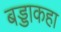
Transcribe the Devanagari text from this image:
बड्डाकहा